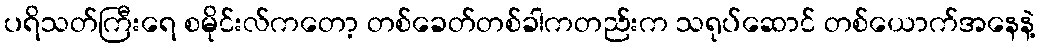
ပရိသတ်ကြီးရေ စမိုင်းလ်ကတော့ တစ်ခေတ်တစ်ခါကတည်းက သရုပ်ဆောင် တစ်ယောက်အနေနဲ့